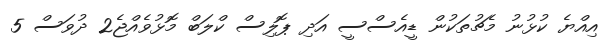
އިއްޔެ ކުޅުނު މެޗުތަކުން ޑީއެސްސީ އަދި ޕޮލިސް ކްލަބް މޮޅުވެއްޖެ2 ދުވަސް 5